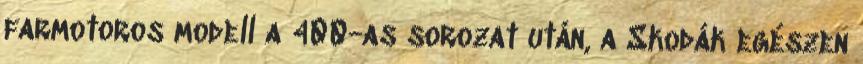
farmotoros modell a 400-as sorozat után, a Skodák egészen